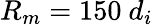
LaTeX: R_{m}=150~d_{i}